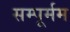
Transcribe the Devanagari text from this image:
सम्पूर्मम